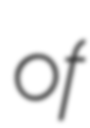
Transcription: of